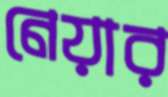
নেয়ার